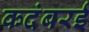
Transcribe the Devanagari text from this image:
कदंबरई